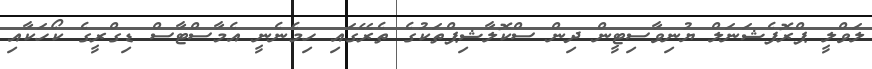
ލަވްލީ ޕްރޮފެޝަނަލް ޔުނިވާސިޓީން ދިން ސްކޮލާޝިޕްތަކުގެ ތެރޭގައި ހިމެނެނީ އެމާސްޓާސް ޑިގްރީގެ ކޯހަކާއި